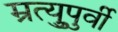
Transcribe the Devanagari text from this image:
म्रुत्युपुर्वी